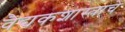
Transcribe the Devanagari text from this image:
वैद्यकशास्त्राचे